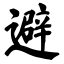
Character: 避